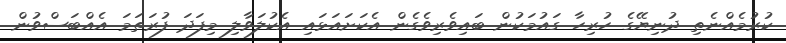
ކުރުމެއްނެތި ދުނިޔޭގެ ހުރިހާ ގައުމަކުން ބައިވެރިވެގެން އެކަށައަޅައި އެކުލަވާލި މިފަދަ ފުރަތަމަ އެއްބަސްވުން